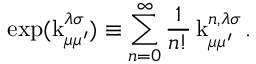
\exp ( \operatorname { k } _ { \mu \mu ^ { \prime } } ^ { \lambda \sigma } ) \equiv \sum _ { n = 0 } ^ { \infty } \frac { 1 } { n ! } \operatorname { k } _ { \mu \mu ^ { \prime } } ^ { n , \lambda \sigma } .